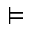
\vDash